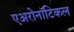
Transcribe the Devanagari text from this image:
एअरोनॉटिकल